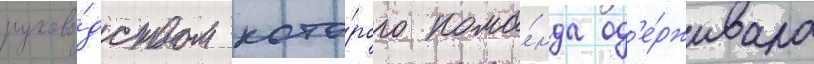
руково́дством кото́рого кома́нда од'е́рживала